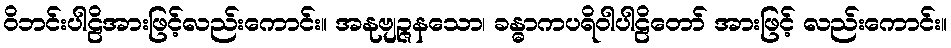
ဝိဘင်းပါဠိအားဖြင့်လည်းကောင်း။ အနုဗျဉ္ဇနသော၊ ခန္ဓာကပရိဝါပါဠိတော် အားဖြင့် လည်းကောင်း။